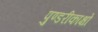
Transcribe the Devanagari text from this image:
पुण्डरीकाक्षो